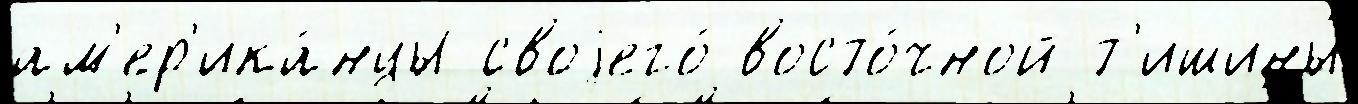
ам'ер'ика́нцы своjего́ восто́чной т'ишины́